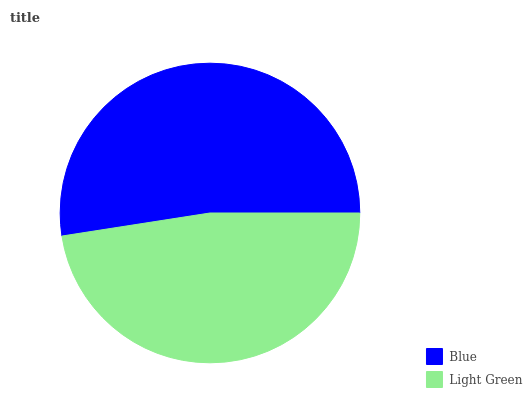
| Blue | Light Green |
 | --- | --- |
 | 52.5% | 47.5% |